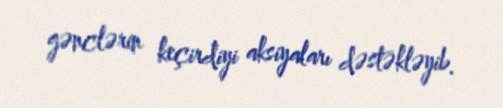
gənclərin keçirdiyi aksiyaları dəstəkləyib.